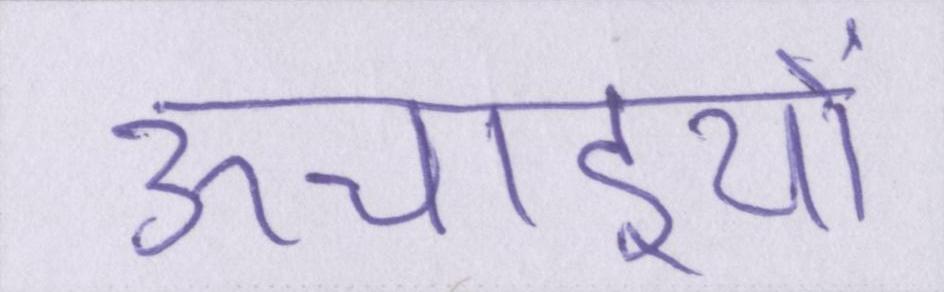
ऊचाइयों